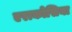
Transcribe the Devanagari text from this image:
एराकोसिया